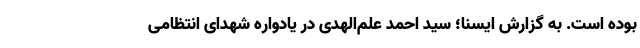
بوده است. به گزارش ایسنا؛ سید احمد علم‌الهدی در یادواره شهدای انتظامی